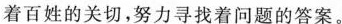
着百姓的关切，努力寻找着问题的答案。